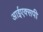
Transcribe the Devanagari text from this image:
आईएक्सपी